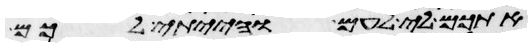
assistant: אתכם לי לעם והייתי לכם